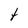
Character: t